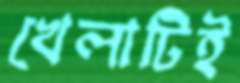
খেলাটিই